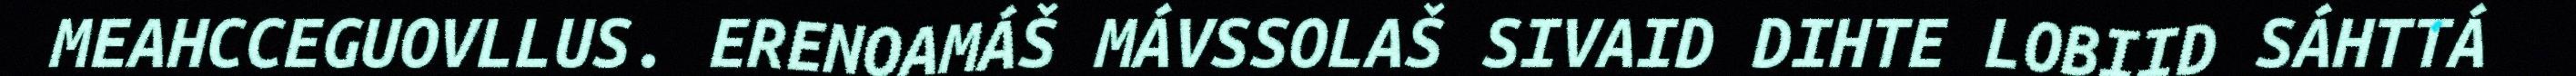
MEAHCCEGUOVLLUS. ERENOAMÁŠ MÁVSSOLAŠ SIVAID DIHTE LOBIID SÁHTTÁ